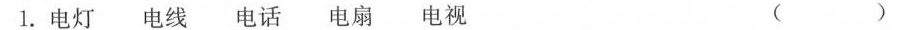
1.电灯电线 电话 电扇 电视 ( )